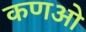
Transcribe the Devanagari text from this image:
कणओ